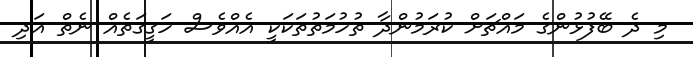
މި ދެ ބޭފުޅުންގެ މައްޗަށް ކުރަމުންދާ ތުހުމަތުތަކަކީ އެއްވެސް ހަގީގަތެއް ނެތް އަދި